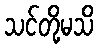
သင်တို့မသိ